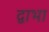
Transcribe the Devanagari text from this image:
द्वाभा